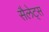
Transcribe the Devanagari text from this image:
सैलेट्स